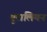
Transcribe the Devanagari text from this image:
यूरालियन